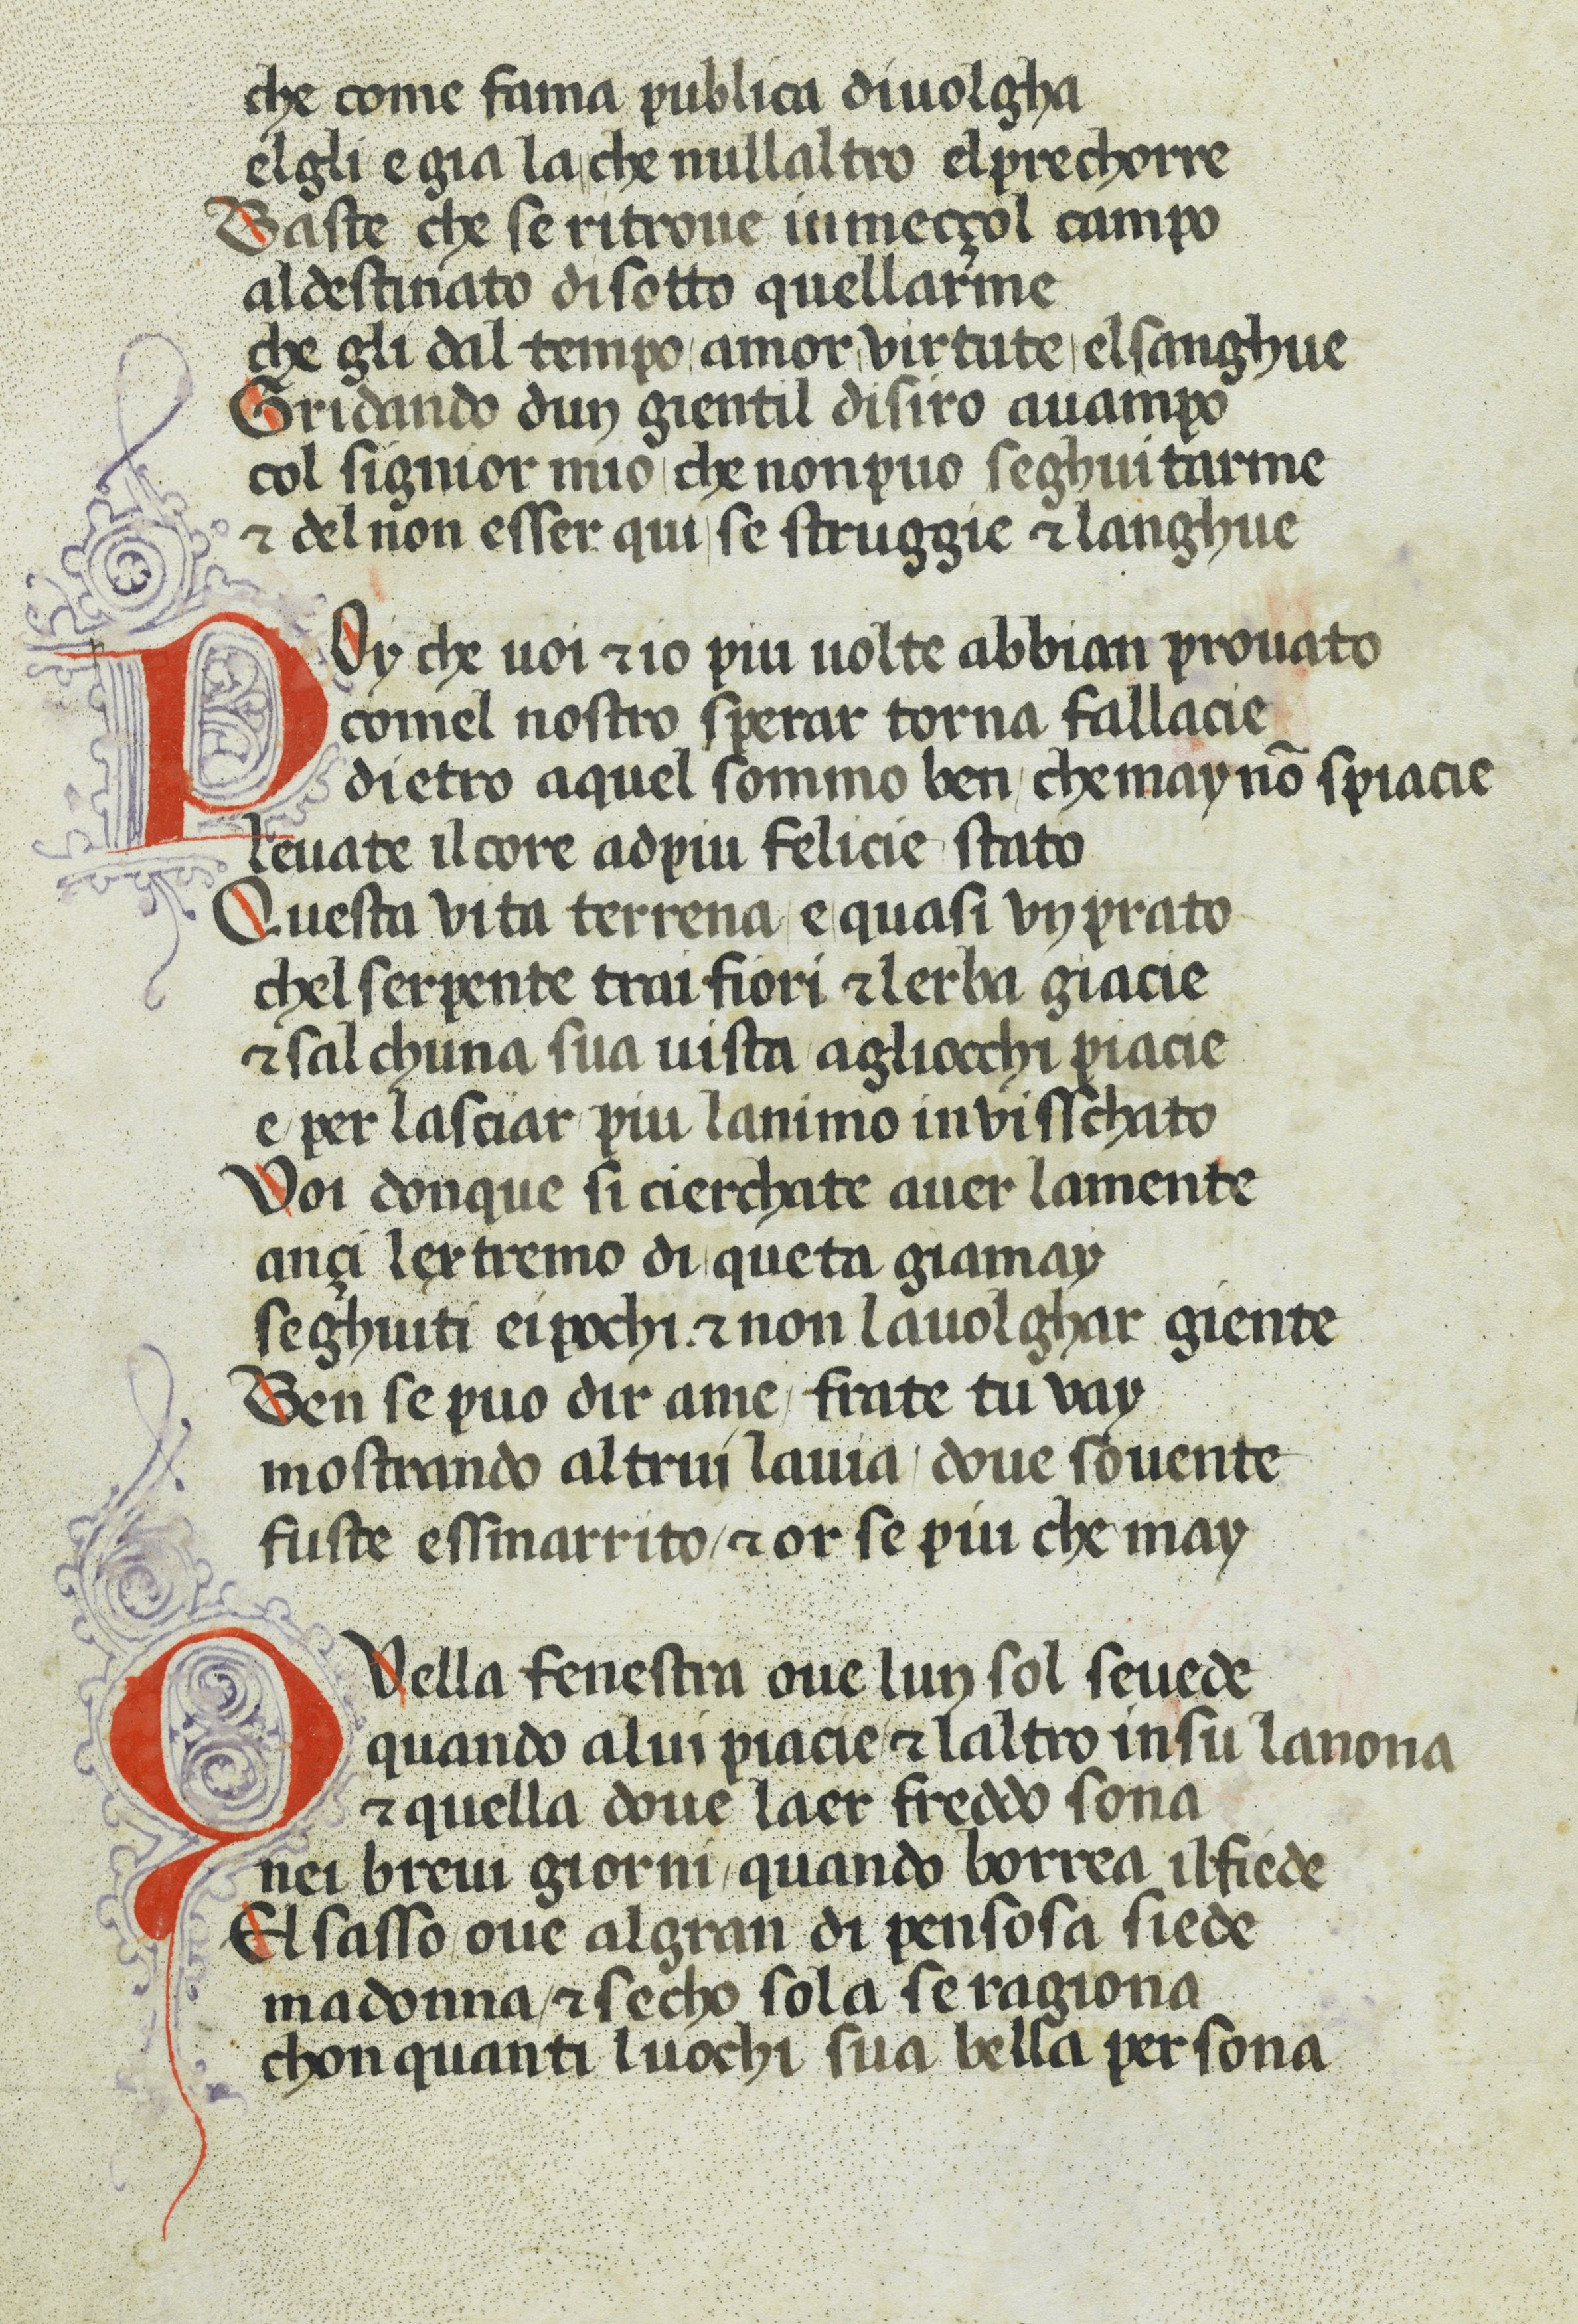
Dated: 1370–1399